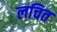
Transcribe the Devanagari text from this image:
लचित